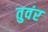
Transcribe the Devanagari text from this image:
तुवंर